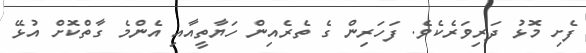
ފެށި މޮޅު ދަރިވަރެކެވެ. ފަހަރިން ގެ ތެރެއިން ހަޔާތީއާއި އެންމެ ގާތްކޮށް އުޅޭ